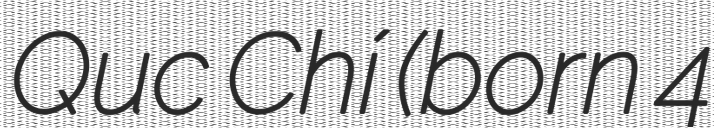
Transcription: Quốc Chí (born 4